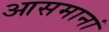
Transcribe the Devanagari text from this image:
आसमानां